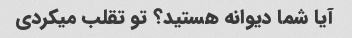
آیا شما دیوانه هستید؟ تو تقلب میکردی